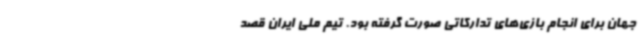
جهان برای انجام بازی‌های تدارکاتی صورت گرفته بود. تیم ملی ایران قصد